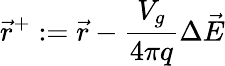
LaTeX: \displaystyle{\vec{r}^{+}:=\vec{r}-\frac{V_{g}}{4\pi q}\Delta\vec{E}}